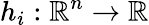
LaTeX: h_{i}:\mathbb{R}^{n}\to\mathbb{R}